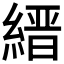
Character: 縉